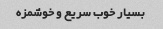
بسیار خوب سریع و خوشمزه